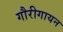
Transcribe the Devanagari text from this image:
गौरीगायन